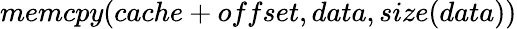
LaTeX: memcpy(cache+offset,data,size(data))